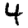
Digit: 4